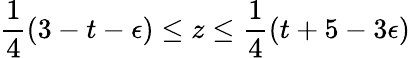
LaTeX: \frac{1}{4}(3-t-\epsilon)\leq z\leq\frac{1}{4}(t+5-3\epsilon)